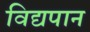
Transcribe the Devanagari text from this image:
विद्यपान